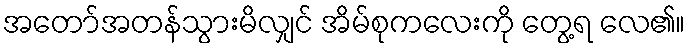
အတော်အတန်သွားမိလျှင် အိမ်စုကလေးကို တွေ့ရ လေ၏။